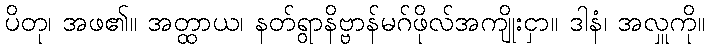
ပိတု၊ အဖ၏။ အတ္ထာယ၊ နတ်ရွာနိဗ္ဗာန်မဂ်ဖိုလ်အကျိုးငှာ။ ဒါနံ၊ အလှူကို။